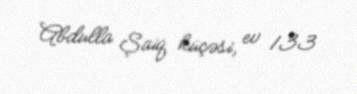
Abdulla Şaiq küçəsi, ev 133